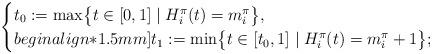
LaTeX: \begin{align*} \begin{cases}t_0 := \max \bigl\{ t \in [0,1] \mid H_i^{\pi}(t) = m_i^{\pi} \bigr\}, \\begin{align*}1.5mm]t_1 := \min \bigl\{ t \in [t_0,1] \mid H_i^{\pi}(t) = m_i^{\pi} + 1 \bigr\};\end{cases}\end{align*}